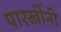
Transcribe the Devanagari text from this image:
पारखींनी